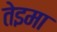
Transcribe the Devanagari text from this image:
तेइमा